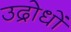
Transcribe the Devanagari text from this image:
उद्रोधों